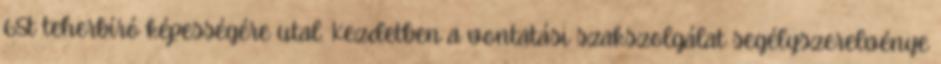
65t teherbíró képességére utal. Kezdetben a vontatási szakszolgálat segélyszerelvénye